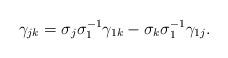
LaTeX: \begin{align*} \gamma_{jk} = \sigma_j \sigma_1^{-1} \gamma_{1k} - \sigma_k \sigma_1^{-1} \gamma_{1j}.\end{align*}